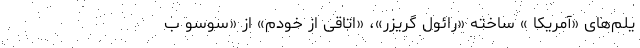
یلم‌های «آمریکا » ساخته «رائول گریزر»، «اتاقی از خودم» از «سوسو ب